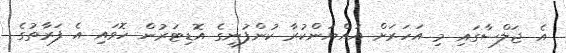
އެ ޖަލްސާގައި މި އަހަރަށް އައްޔަންކުރާ ކުންފުނީގެ އޮޑިޓަރުން ހޮވައި އެ ފަރާތުގެ